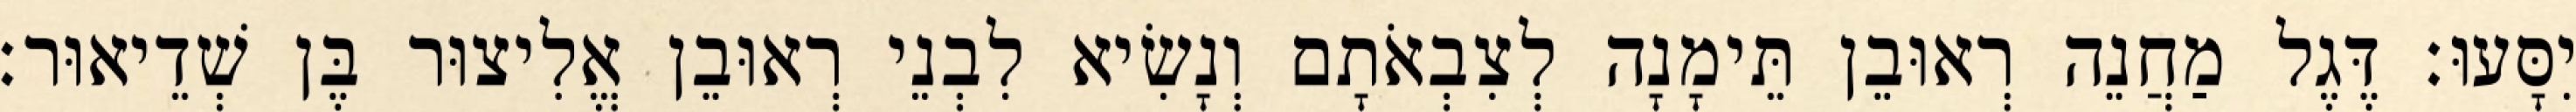
יִסָּעוּ׃ דֶּגֶל מַחֲנֵה רְאוּבֵן תֵּימָנָה לְצִבְאֹתָם וְנָשִׂיא לִבְנֵי רְאוּבֵן אֱלִיצוּר בֶּן שְׁדֵיאוּר׃